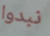
نبدوا